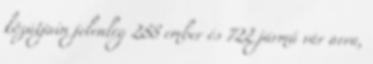
közútjain jelenleg 288 ember és 722 jármű vár arra,